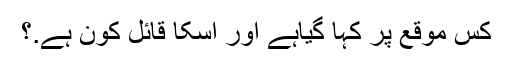
کس موقع پر کہا گیاہے اور اسکا قائل کون ہے.؟